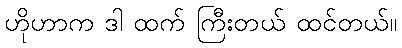
ဟိုဟာက ဒါ ထက် ကြီးတယ် ထင်တယ်။